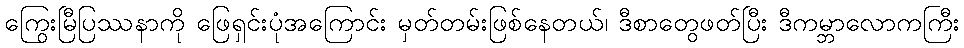
ကြွေးမြီပြဿနာကို ဖြေရှင်းပုံအကြောင်း မှတ်တမ်းဖြစ်နေတယ်၊ ဒီစာတွေဖတ်ပြီး ဒီကမ္ဘာလောကကြီး